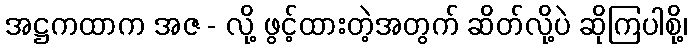
အဋ္ဌကထာက အဇ - လို့ ဖွင့်ထားတဲ့အတွက် ဆိတ်လို့ပဲ ဆိုကြပါစို့၊